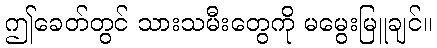
ဤခေတ်တွင် သားသမီးတွေကို မမွေးမြူချင်။